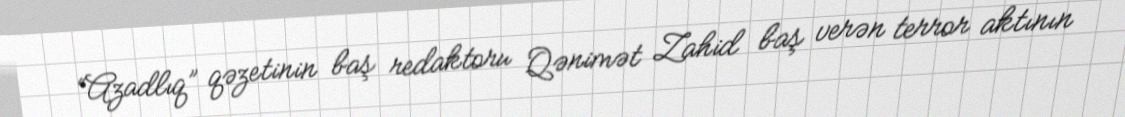
“Azadlıq” qəzetinin baş redaktoru Qənimət Zahid baş verən terror aktının